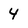
Character: 4